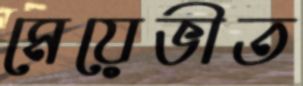
মেয়েভীত